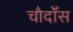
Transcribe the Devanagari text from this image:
चौदाँस